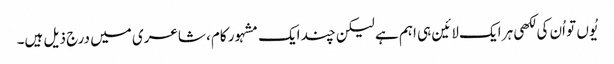
یُوں تو اُن کی لکھی ہر ایک لائین ہی اہم ہے لیکن چند ایک مشہور کام، شاعری میں درج ذیل ہیں۔